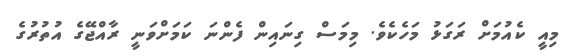
މިއީ ކެއުމަށް ރަގަޅު މަހެކެވެ. މިމަސް ގިނައިން ފެންނަ ކަމަށްވަނީ ރާއްޖޭގެ އުތުރުގެ